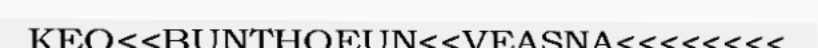
KEO<<BUNTHOEUN<<VEASNA<<<<<<<<